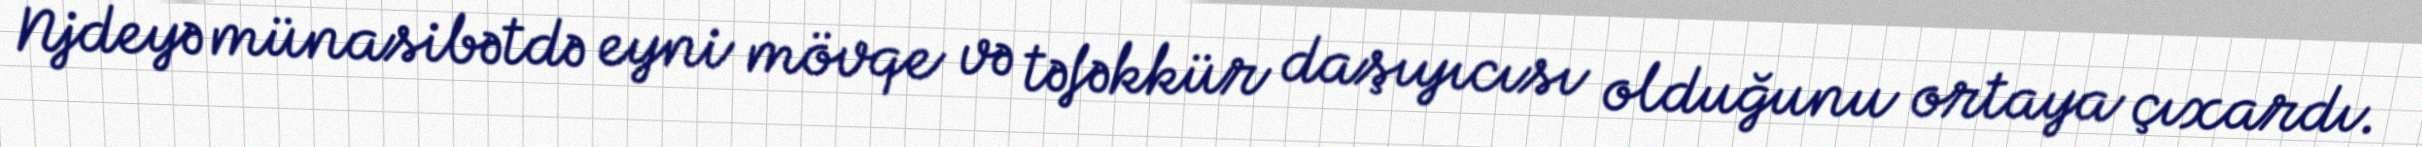
Njdeyə münasibətdə eyni mövqe və təfəkkür daşıyıcısı olduğunu ortaya çıxardı.